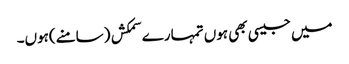
میں جیسی بھی ہوں تمہارے سمکش (سامنے)ہوں۔